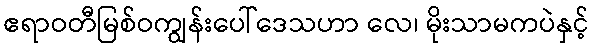
ဧရာဝတီမြစ်ဝကျွန်းပေါ်ဒေသဟာ လေ၊ မိုးသာမကပဲနှင့်